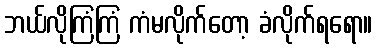
ဘယ်လိုကြံကြံ ကံမလိုက်တော့ ခံလိုက်ရရော။